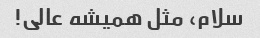
سلام، مثل همیشه عالی!